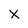
Character: X